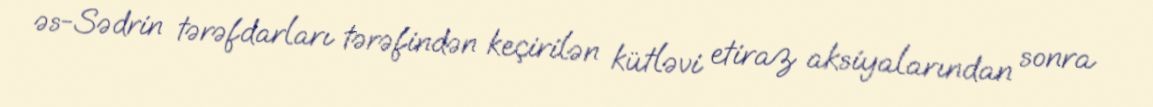
əs-Sədrin tərəfdarları tərəfindən keçirilən kütləvi etiraz aksiyalarından sonra